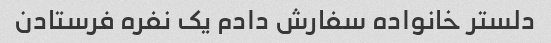
دلستر خانواده سفارش دادم یک نفره فرستادن